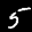
Digit: 5